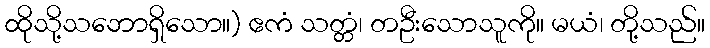
ထိုသို့သဘောရှိသော။) ဧကံ သတ္တံ၊ တဦးသောသူကို။ မယံ၊ တို့သည်။